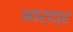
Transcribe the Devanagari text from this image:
आर्दा्र